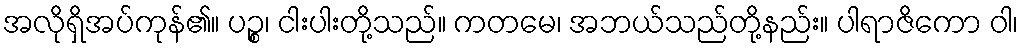
အလိုရှိအပ်ကုန်၏။ ပဉ္စ၊ ငါးပါးတို့သည်။ ကတမေ၊ အဘယ်သည်တို့နည်း။ ပါရာဇိကော ဝါ၊